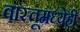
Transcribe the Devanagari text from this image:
वास्तूमध्येही